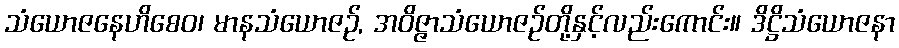
သံယောဇနေဟိစေဝ၊ မာနသံယောဇဉ်, အဝိဇ္ဇာသံယောဇဉ်တို့နှင့်လည်းကောင်း။ ဒိဋ္ဌိသံယောဇနာ